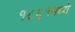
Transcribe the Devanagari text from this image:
१८६१मध्ये